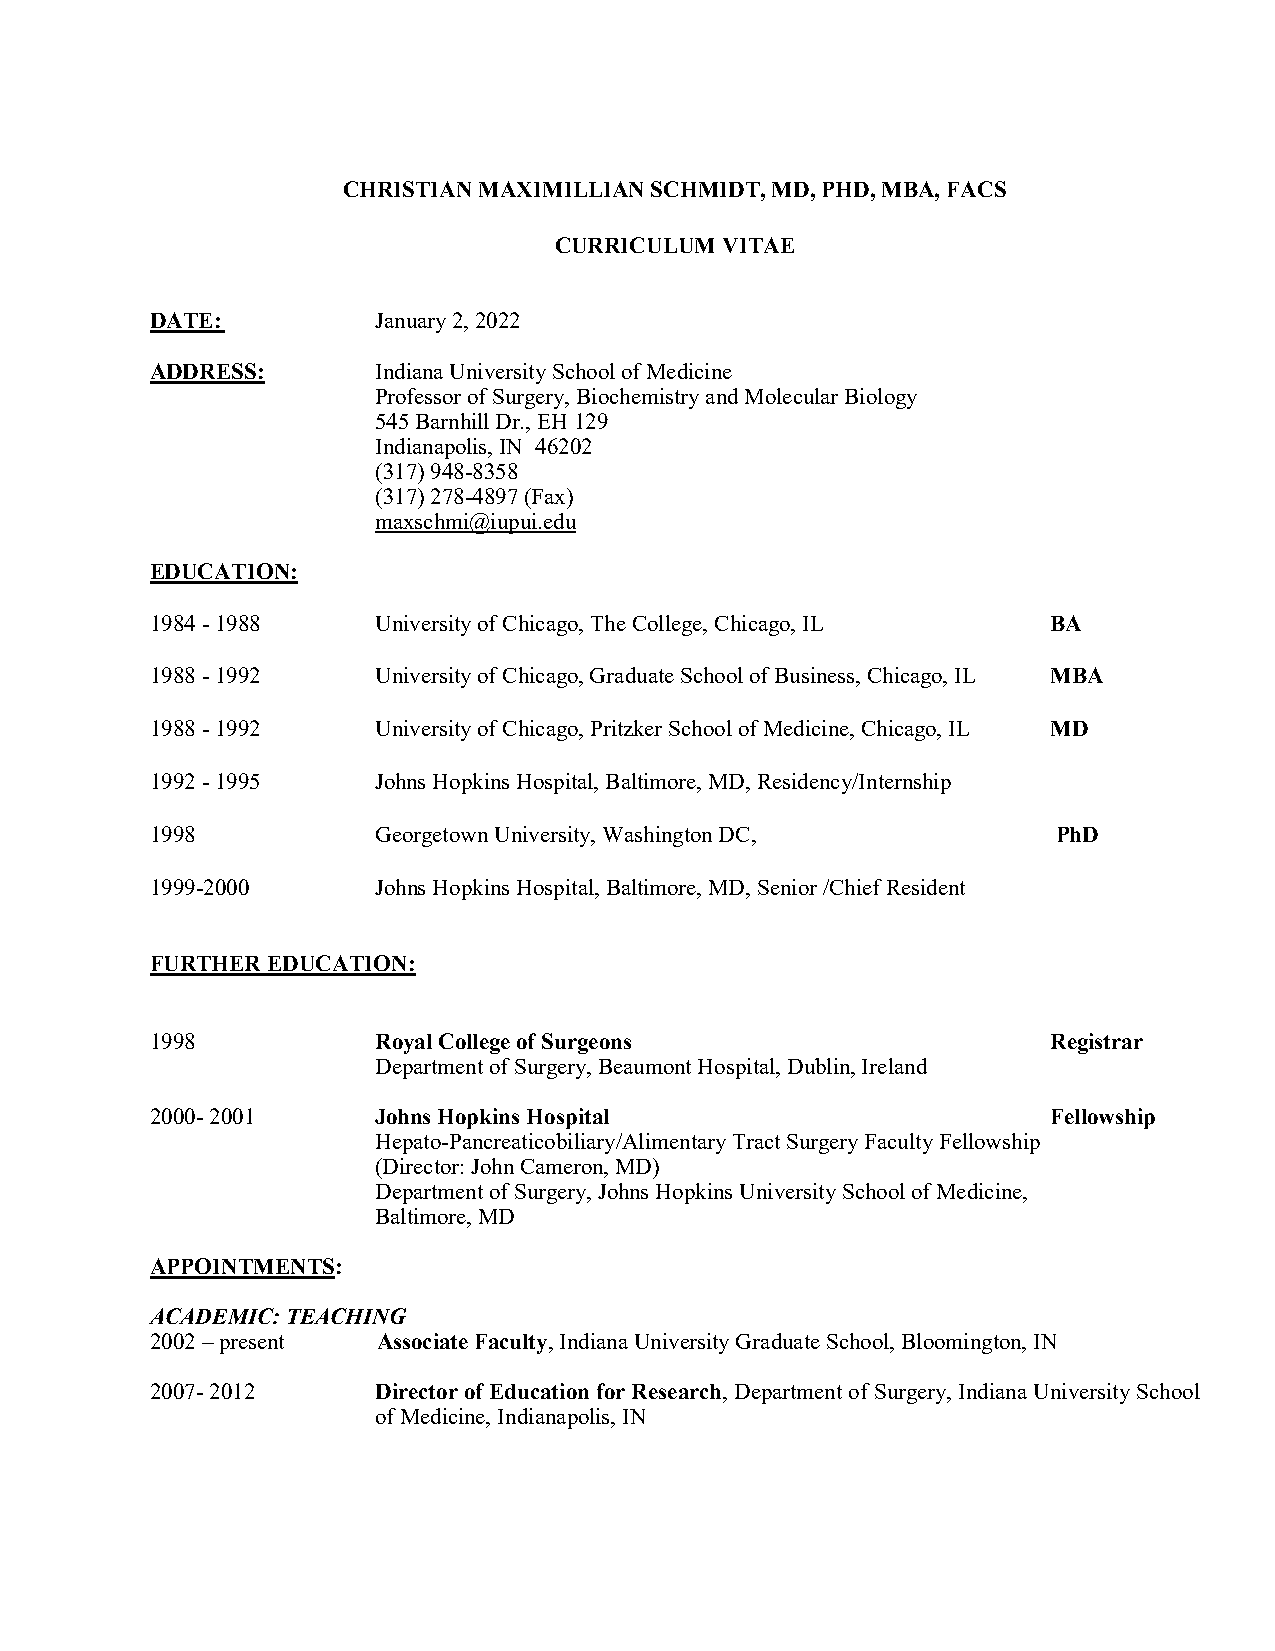
CHRISTIAN MAXIMILLIAN SCHMIDT, MD, PHD, MBA, FACS
 CURRICULUM VITAE
 DATE:          January 2, 2022
 ADDRESS:       Indiana University School of Medicine
 Professor of Surgery, Biochemistry and Molecular Biology
 545 Barnhill Dr., EH 129
 Indianapolis, IN 46202
 (317) 948-8358
 (317) 278-4897 (Fax)
 maxschmi@iupui.edu
 EDUCATION:
 1984 - 1988    University of Chicago, The College, Chicago, IL BA
 1988 - 1992    University of Chicago, Graduate School of Business, Chicago, IL MBA
 1988 - 1992    University of Chicago, Pritzker School of Medicine, Chicago, IL MD
 1992 - 1995    Johns Hopkins Hospital, Baltimore, MD, Residency/Internship
 1998           Georgetown University, Washington DC,        PhD
 1999-2000      Johns Hopkins Hospital, Baltimore, MD, Senior /Chief Resident
 FURTHER EDUCATION:
 1998           Royal College of Surgeons                    Registrar
 Department of Surgery, Beaumont Hospital, Dublin, Ireland
 2000- 2001     Johns Hopkins Hospital                       Fellowship
 Hepato-Pancreaticobiliary/Alimentary Tract Surgery Faculty Fellowship
 (Director: John Cameron, MD)
 Department of Surgery, Johns Hopkins University School of Medicine,
 Baltimore, MD
 APPOINTMENTS:
 ACADEMIC: TEACHING
 2002 – present Associate Faculty, Indiana University Graduate School, Bloomington, IN
 2007- 2012     Director of Education for Research, Department of Surgery, Indiana University School
 of Medicine, Indianapolis, IN